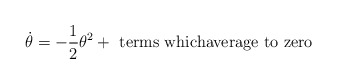
\begin{align*}\dot{\theta} = - \frac{1}{2} \theta^2 + \mbox{ terms whichaverage to zero}\end{align*}